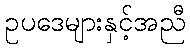
ဥပဒေများနှင့်အညီ